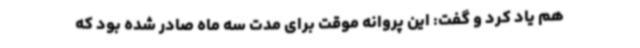
هم یاد کرد و گفت: این پروانه موقت برای مدت سه ماه صادر شده بود که